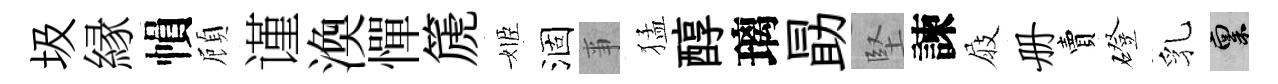
圾縁𢄙頋谨渙憚篪姬涸亊猛醇璃勗堅諫屐册賣磴乳禀